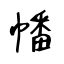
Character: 幡